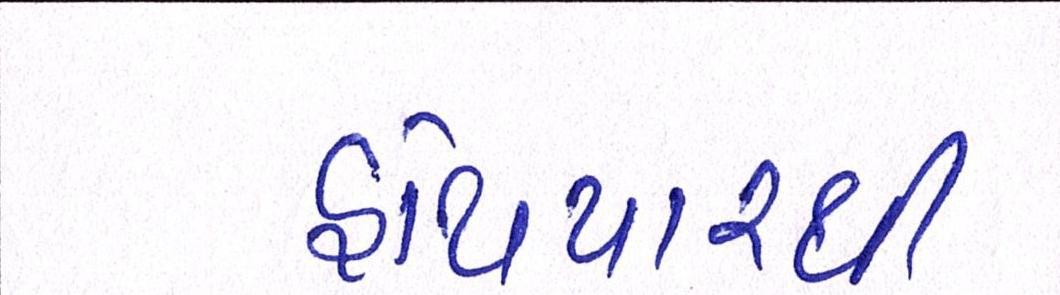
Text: હથિયારથી